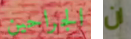
الجراحين ان